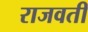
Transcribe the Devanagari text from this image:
राजवती